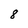
Character: 8